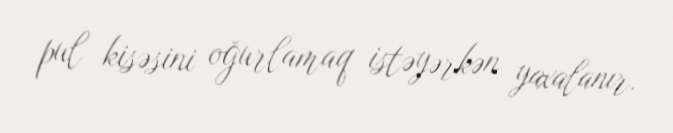
pul kisəsini oğurlamaq istəyərkən yaxalanır.